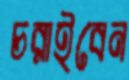
চরাইবেন